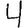
Digit: 4